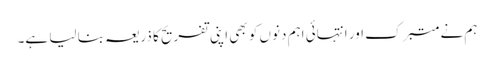
ہم نے متبرک اور انتہائی اہم دنوں کو بھی اپنی تفریح کا ذریعہ بنا لیا ہے۔